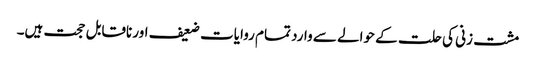
مشت زنی کی حلت کے حوالے سے وارد تمام روایات ضعیف اور ناقابل حجت ہیں۔